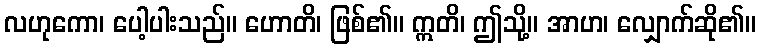
လဟုကော၊ ပေါ့ပါးသည်။ ဟောတိ၊ ဖြစ်၏။ ဣတိ၊ ဤသို့။ အာဟ၊ လျှောက်ဆို၏။